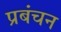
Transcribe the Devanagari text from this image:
प्रबंचन